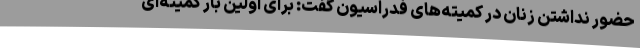
حضور نداشتن زنان در کمیته‌های فدراسیون گفت: برای اولین بار کمیته‌ای